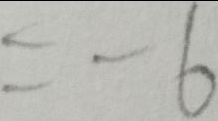
= - 6